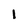
Character: 1